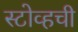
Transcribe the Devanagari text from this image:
स्टोव्हची